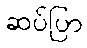
ဆပ်ပြာ